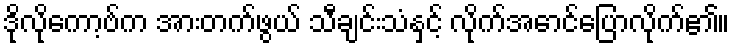
ဒိုလိုကော့ဗ်က အားတက်ဖွယ် သီချင်းသံနှင့် လိုက်အောင်ပြောလိုက်၏။